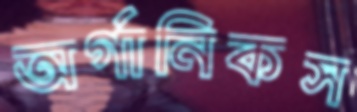
অর্গানিকস